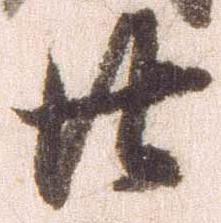
廿